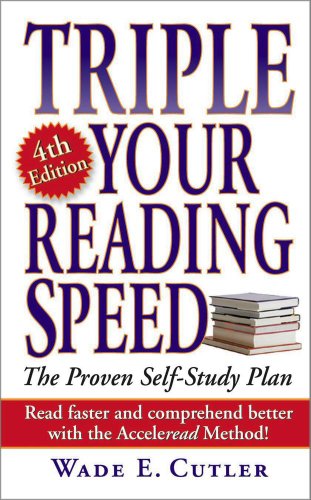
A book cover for Triple Your Reading Speed: 4th Edition; Wade E. Cutler; Reference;